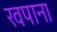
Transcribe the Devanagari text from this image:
खपाना